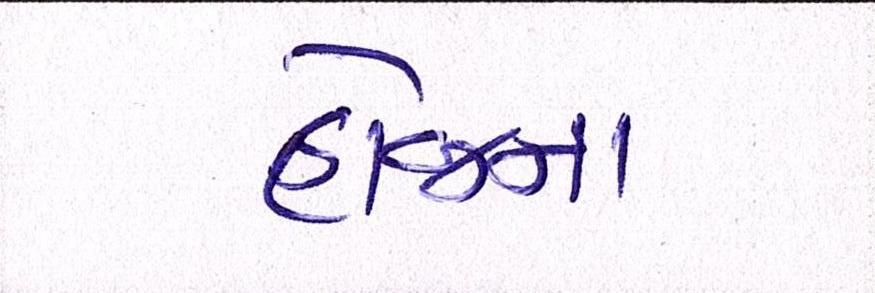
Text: હોજના